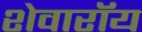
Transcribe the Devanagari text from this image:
शेवारॉय